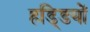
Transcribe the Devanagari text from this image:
हडि्‍डयों